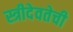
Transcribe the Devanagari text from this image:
स्त्रीदेवतेची